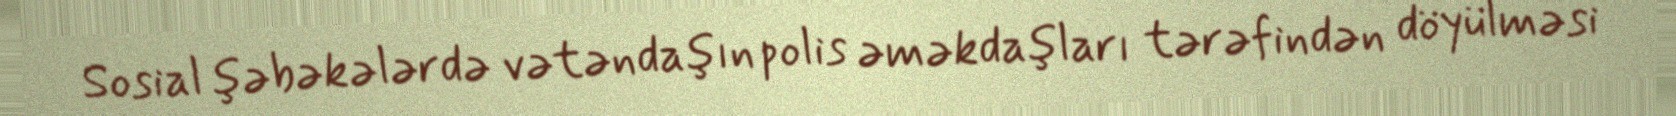
Sosial şəbəkələrdə vətəndaşın polis əməkdaşları tərəfindən döyülməsi